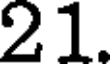
21.